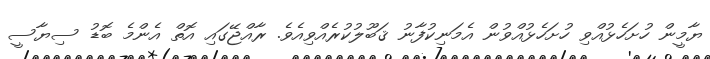
ޔާމީން ހުށަހެޅުއްވި ހުށަހެޅުއްވުން އެމަނިކުފާނު ޤަބޫލުކުރެއްވިއެވެ. ރާއްޖޭގައި އޮތް އެންމެ ބޮޑު ސިޔާސީ